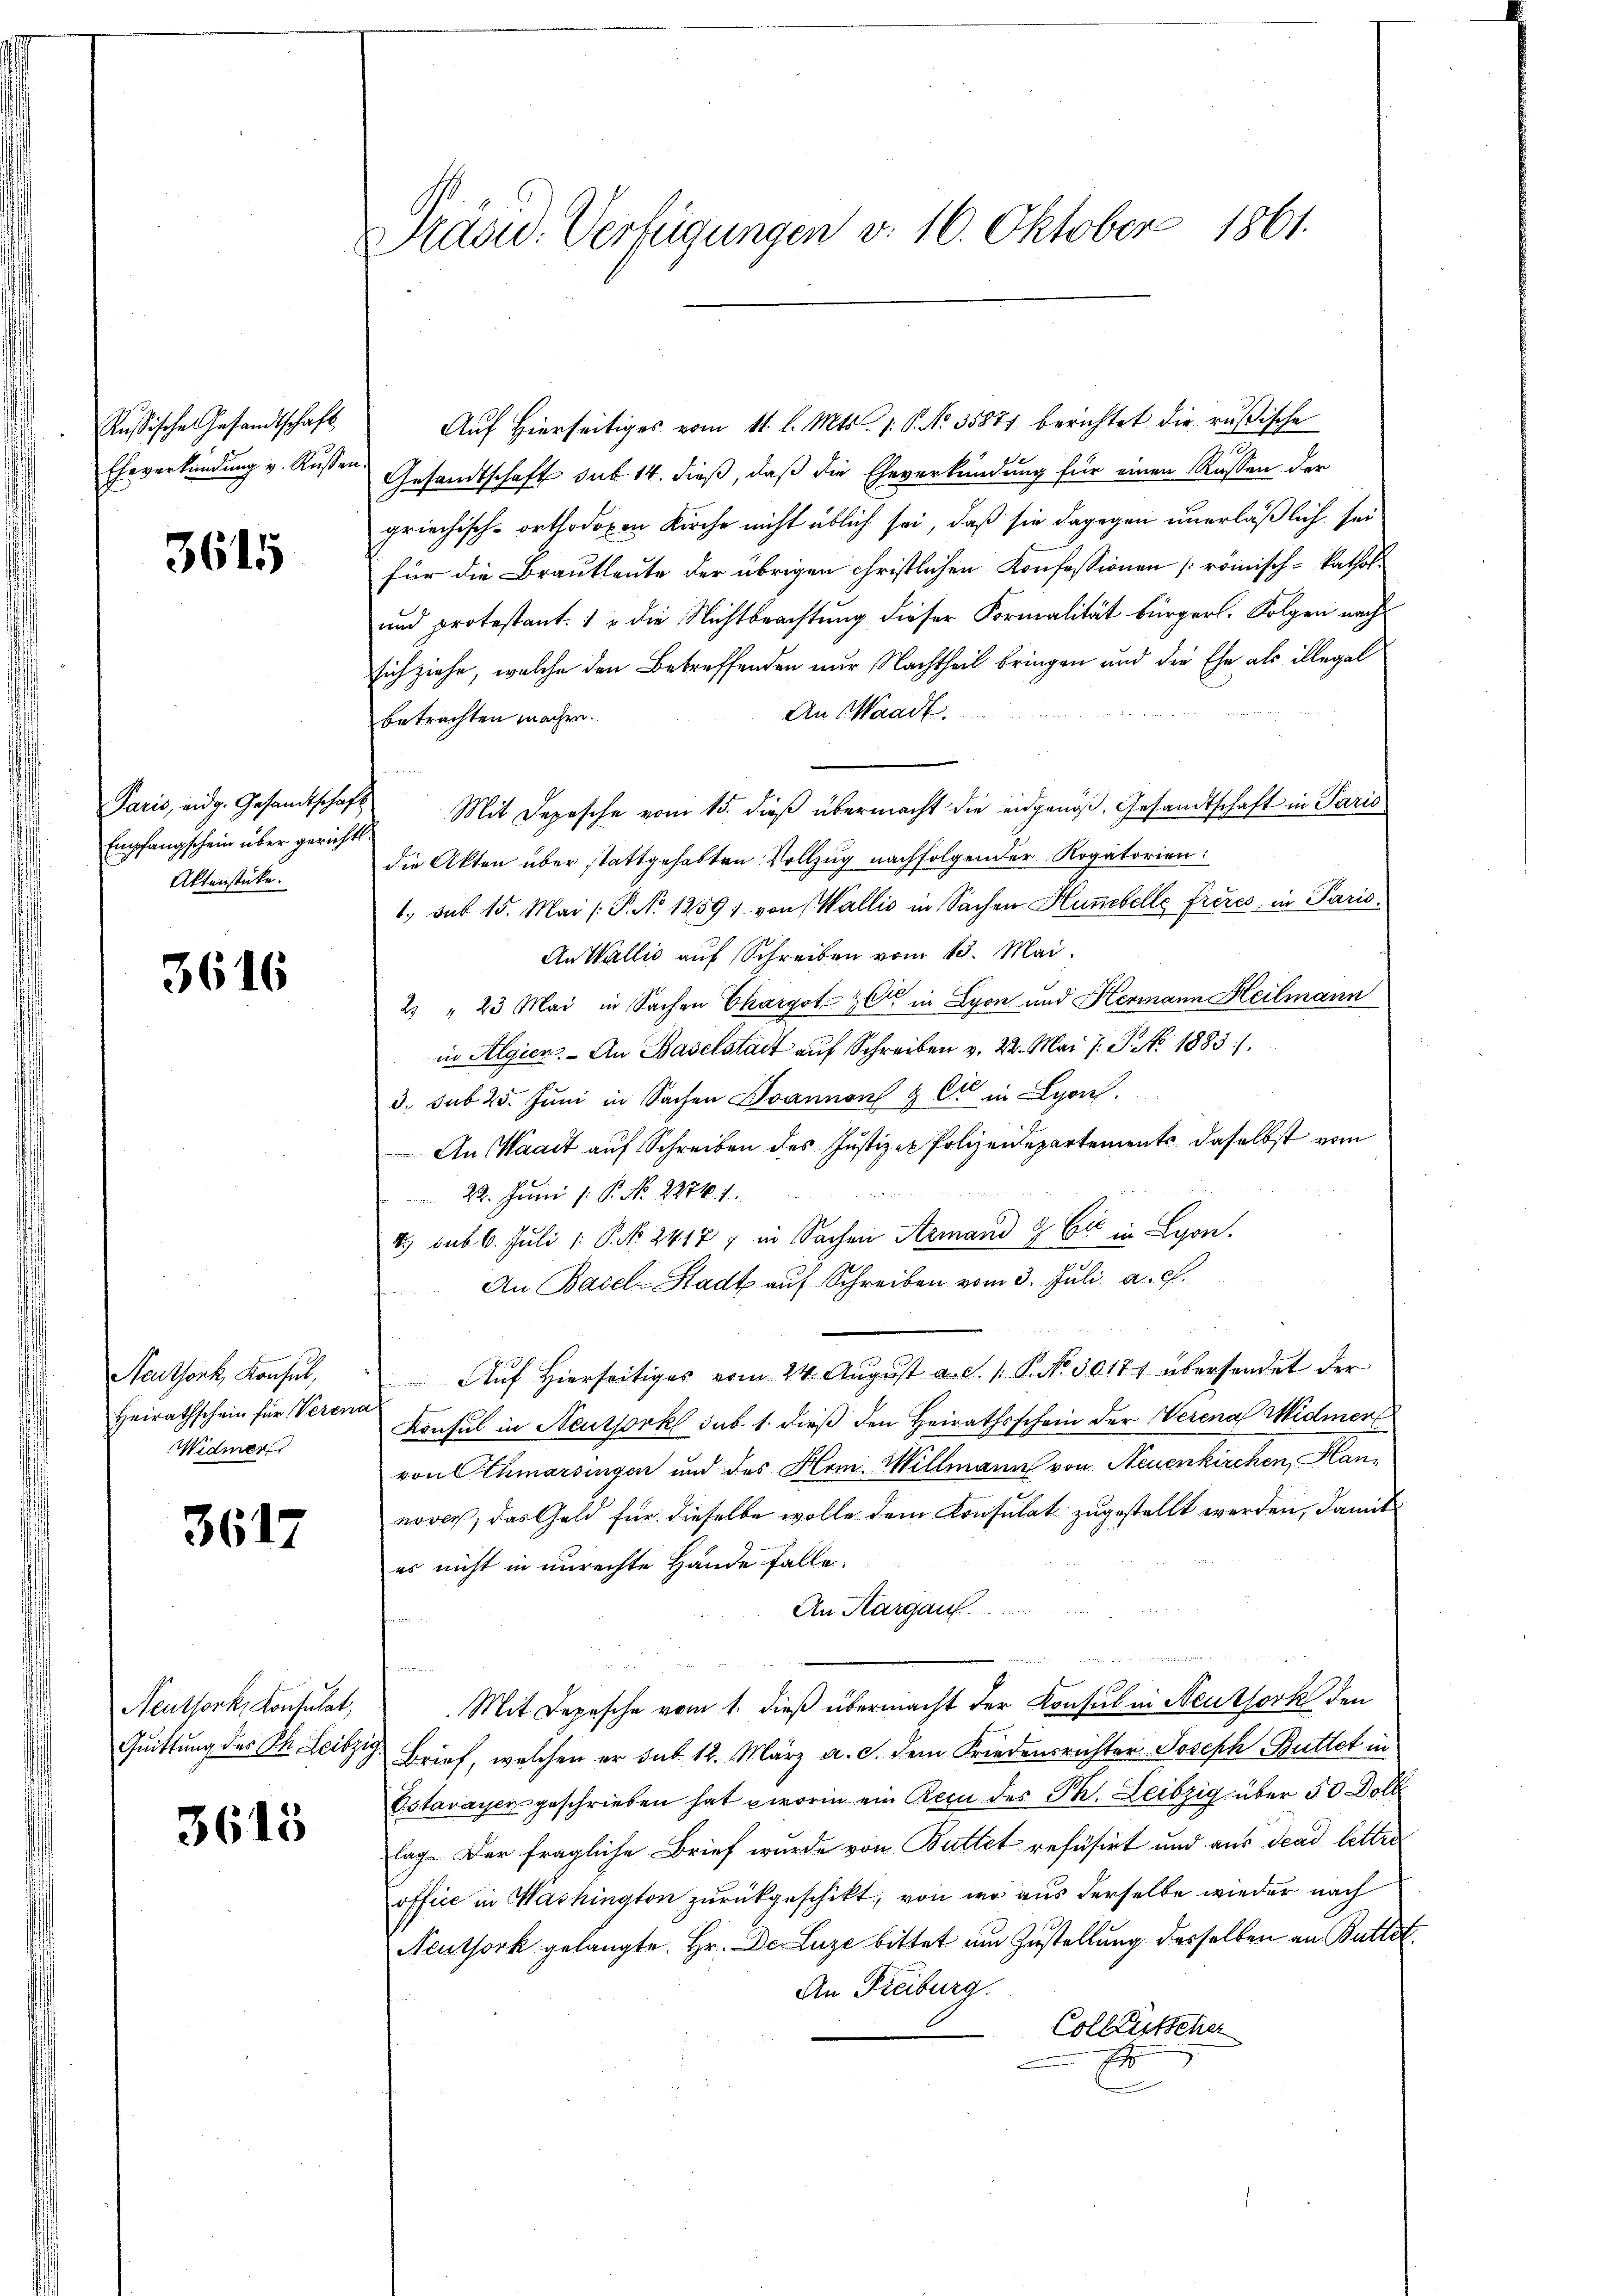
Russische Gesandtschaft

3615

Paris, eidg. Gesandtschaft
Aktenstücke.

3616

Neuthork, Konsul,
Heirathschein für Verena
Widmer

3617

Neuthork, Konsulat,

3615

Präsid. Verfügungen v. 16. Oktober 1861.

Auf Hierseitiges vom 11. l. Mts. 1. P. Nr. 35871 berichtet die rußische
e
Eheverkündung v. Kussen Gesandtschaft sub 14. dieß, daß die Eheverkündung für einen Russen der
griechisch-orthodoxen Kirche nicht üblich sei, daß sie dagegen unerläßlich sei
für die Brautleute der übrigen christlichen Konfessionen römisch-kathol
und protestant. 1 & die Nichtbrachtung dieser Formalität bürgerl. Folgen nach
sich ziehe, welche den Betreffenden nur Nachtheil bringen und die Ehe als illegal
An Waadt.
betrachten machen.
Empfangschein über gerichts. Mit Depesche vom 15. dieβ übermacht die eidgenöß. Gesandtschaft in Paris
die Akten über stattgehabten Vollzug nachfolgender Rogatorien:
1. sub 15. Mai /: P. No 1259) von Wallis in Sachen Humbelle frères, in Paris¬
An Wallis auf Schreiben vom 13. Mai.
2 " 23 Mai in Sachen Chargot C in Lyon und Hermann Heilmann
in Algien. An Baselstadt aŭf Schreiben v. 22. Mai l. J. No. 1883/
3. sub 25. Juni in Sachen Ivannen & Cie in Lyon
An Waadt auf Schreiben des Justizer Polizeidepartements daselbst vom
22. Juni /: P. No. 22741.
4. sub 6. Juli 1: P. Nr. 2417 / in Sachen Armand & Cie in Lyon.
An Basel-Stadt auf Schreiben vom 3. Juli a. c.

Aŭf Hierseitiges vom 24. Aŭgŭst a. d. 1. P. No 30171 übersendet der
Konsul in Neussorkl sub 1. dieß den Heirathsschein der Werena Widmer
von Othmarsingen und des Hem. Willmann von Neuenkirchen, Hannover, das Geld für dieselbe wolle dem Konsulat zugestellt werden, damit
es nicht in unrechte Hände falle.
An Aargau.
Mit Depesche vom 1. dieß übermacht der Konsul in Neuthork den
Quittung des St. Leibzig, Brief, welchen er sub 12. März a. c. dem Friedensrichter Joseph Buttet in
Estavayer geschrieben hat worin ein Recu des Th. Leibzig über 50 Doll
Erg. Der fragliche Brief wurde von Buttet refüsirt und aus den letter
office in Washington zurückgeschikt, von wo aus derselbe wieder nach
Neuthork gelangte. Hr. De Luze bittet um Zustellung desselben an Butte
An Freiburg.
Colleutscher